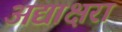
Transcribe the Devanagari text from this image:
अद्याक्षरा